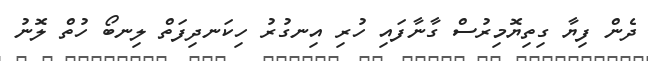
ދެން ފިޔާ ގިތިޔޮމިރުސް ގާނާފައި ހުރި އިނގުރު ހިކަނދިފަތް ލިނބޯ ހުތް ލޮނު